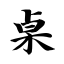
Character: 桌